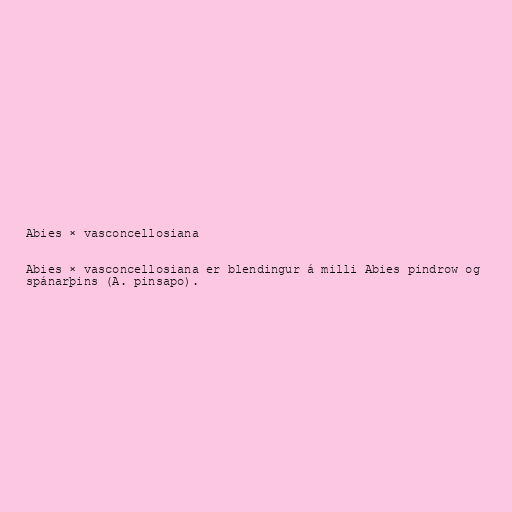
Abies × vasconcellosiana

Abies × vasconcellosiana er blendingur á milli Abies pindrow og
spánarþins (A. pinsapo).